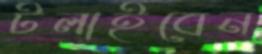
টলাইবেন